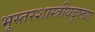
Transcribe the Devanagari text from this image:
भूस्तरशास्त्रीयदृष्ट्या